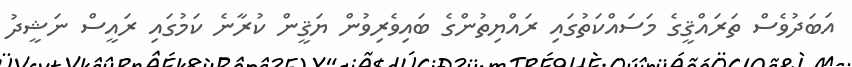
އަބަދުވެސް ތަރައްޤީގެ މަސައްކަތުގައި ރައްޔިތުންގެ ބައިވެރިވުން ޔަޤީން ކުރާނެ ކަމުގައި ރައީސް ނަޝީދު